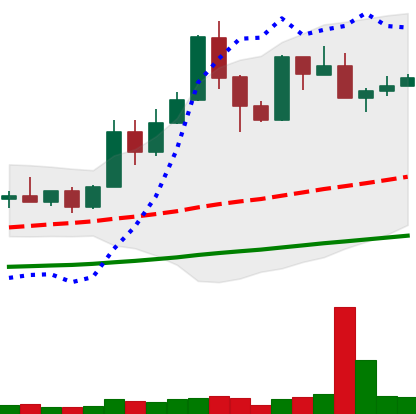
Ticker: XMR-USD
Chart end date: 2019-05-25
Forward return: 5.715%
Label: up_5_7